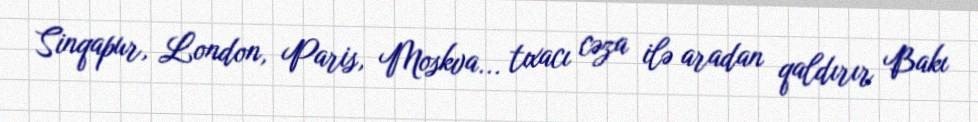
Sinqapur, London, Paris, Moskva... tıxacı cəza ilə aradan qaldırır Bakı